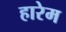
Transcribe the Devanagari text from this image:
हारेम